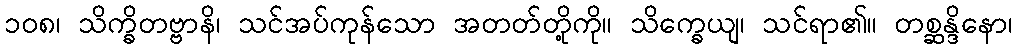
၁၀၈၊ သိက္ခိတဗ္ဗာနိ၊ သင်အပ်ကုန်သော အတတ်တို့ကို။ သိက္ခေယျ၊ သင်ရာ၏။ တစ္ဆန္ဒိနော၊